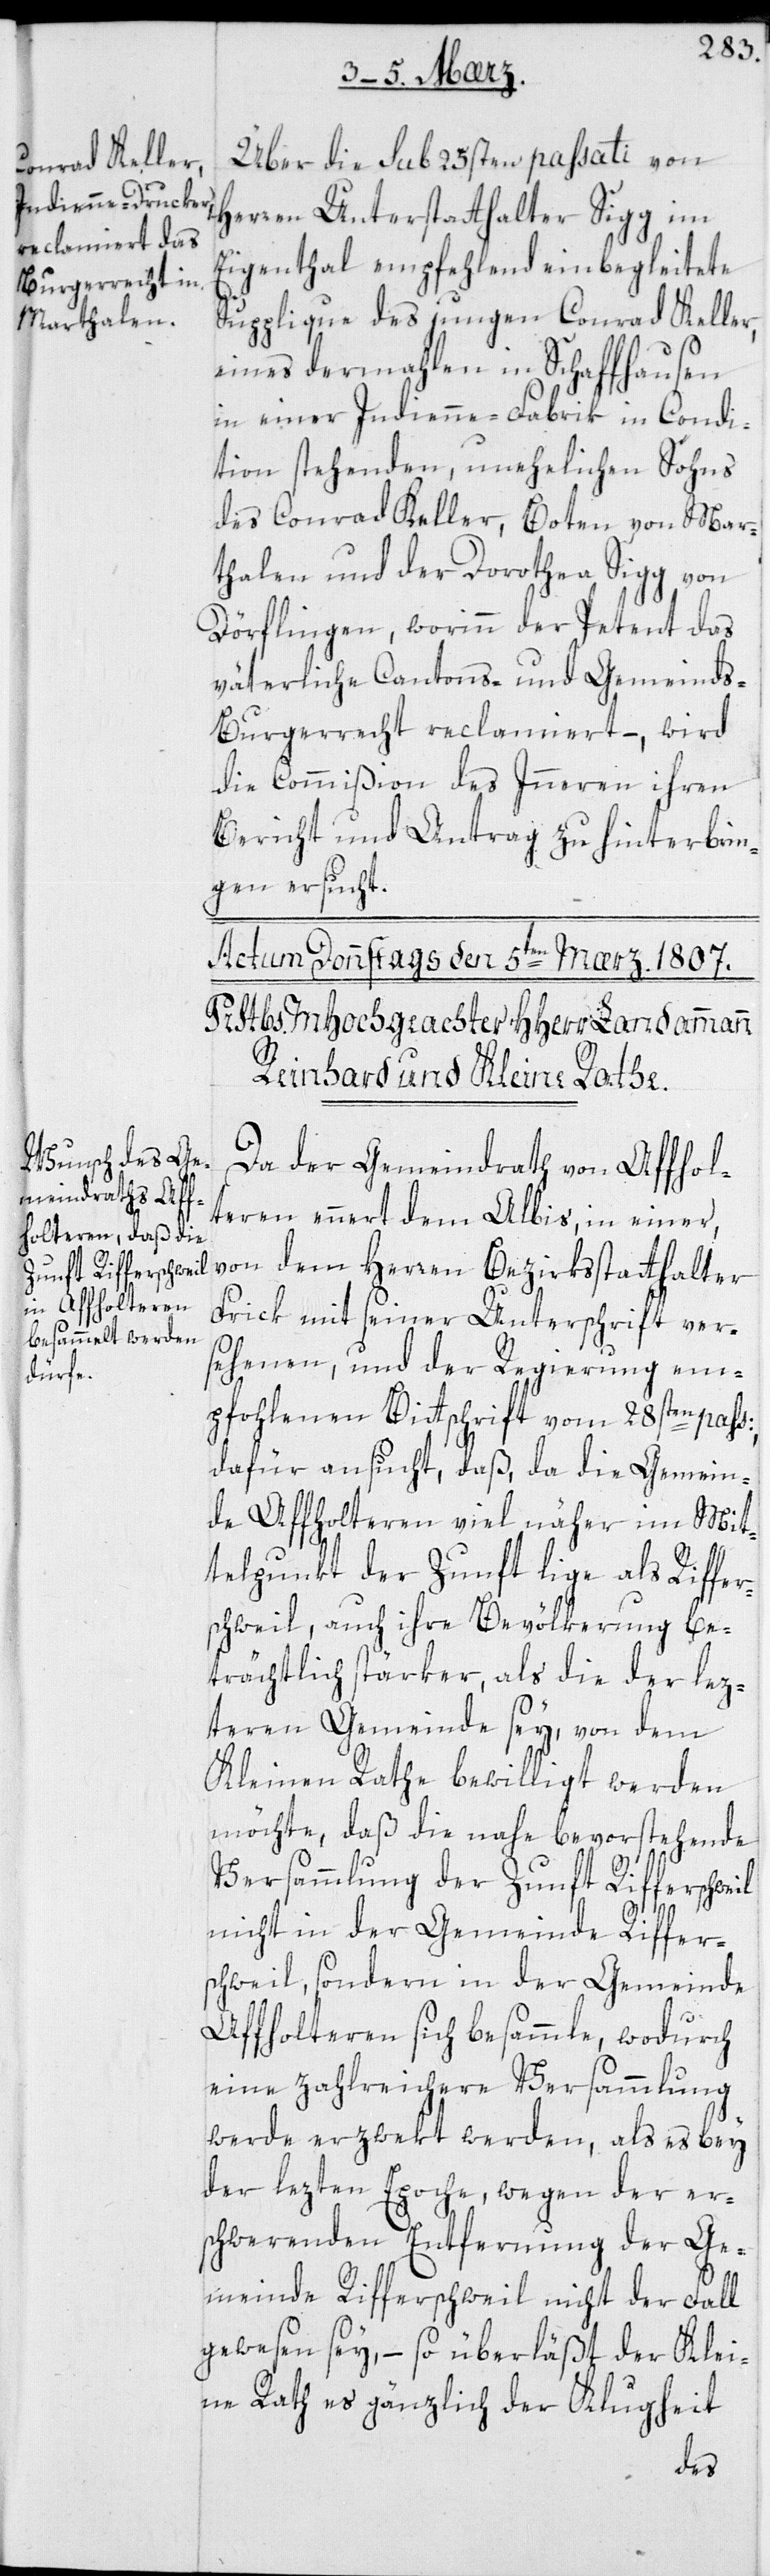
Über die sub 25sten paßati von
Herren Unterstatthalter Sigg im
Eigenthal empfehlend einbegleitete
Supplique des jungen Conrad Keller,
eines dermahlen in Schaffhausen
in einer Indienne-Fabrik in Condi¬
tion stehenden, unehelichen Sohns
des Conrad Keller, Boten von Mar¬
thalen, und der Dorothea Sigg von
Dörflingen, worinn der Petent das
väterliche Cantons- und Gemeind¬
s-Bürgerrecht reclamiert, – wird
die Commißion des Innern ihren
Bericht und Antrag zu hinterbrin¬
gen ersucht.
Da der Gemeindrath von Affol¬
tern ennert dem Albis, in einer
von dem Herren Bezirksstatthalter
Frick mit seiner Unterschrift ver¬
sehenen, und der Regierung em¬
pfohlenen Bittschrift vom 28sten pas¬
dafür ansucht, daß, da die Gemein¬
de Affoltern viel näher im Mit¬
telpunkt der Zunft liege als Riffer¬
schweil, auch ihre Bevölkerung be¬
trächtlich stärker als die der lez¬
teren Gemeinde sey, von dem
Kleinen Rathe bewilligt werden
möchte, daß die nahe bevorstehende
Versammlung der Zunft Rifferschweil
s:
nicht in der Gemeinde Riffer¬
schweil sondern in der Gemeinde
Affoltern sich besammle, wodurch
eine zahlreichere Versammlung
werde erzwekt werden, als es bey
der lezten Epoche, wegen der er¬
schwerenden Entfernung der Ge¬
meinde Rifferschweil nicht der Fall
gewesen sey, – so überläßt der Klei¬
ne Rathes gänzlich der Klugheit